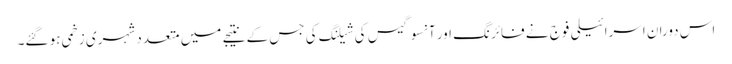
اس دوران اسرائیلی فوج نے فائرنگ اور آنسوگیس کی شیلنگ کی جس کے نتیجے میں متعدد شہری زخمی ہو گئے۔